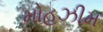
મોહઝીમ